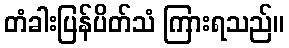
တံခါးပြန်ပိတ်သံ ကြားရသည်။